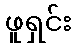
ဖူရှင်း